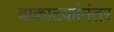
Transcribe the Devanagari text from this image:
वाकाटकांनंतर